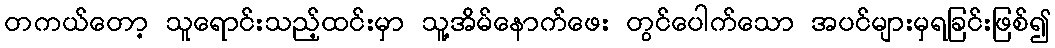
တကယ်တော့ သူရောင်းသည့်ထင်းမှာ သူ့အိမ်နောက်ဖေး တွင်ပေါက်သော အပင်များမှရခြင်းဖြစ်၍